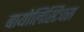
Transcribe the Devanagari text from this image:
बायोलिस्टिक्स